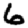
Digit: 6